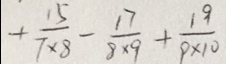
+ \frac { 1 5 } { 7 \times 8 } - \frac { 1 7 } { 8 \times 9 } + \frac { 1 9 } { 9 \times 1 0 }